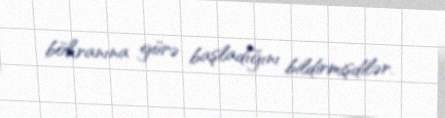
böhranına görə başladığını bildirmişdilər.